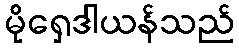
မိုရှေဒါယန်သည်